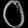
Digit: ၀